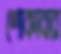
শোকাবার